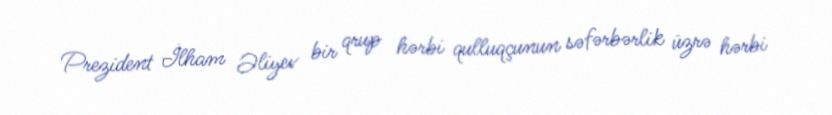
Prezident İlham Əliyev bir qrup hərbi qulluqçunun səfərbərlik üzrə hərbi